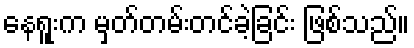
နေရူးက မှတ်တမ်းတင်ခဲ့ခြင်း ဖြစ်သည်။